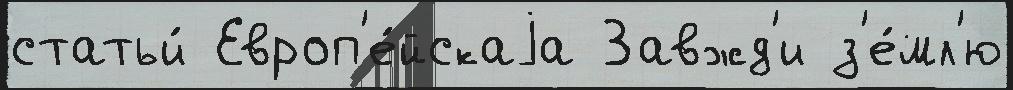
статьи́ Европ'е́йскаjа Завжд'и з'е́мл'ю